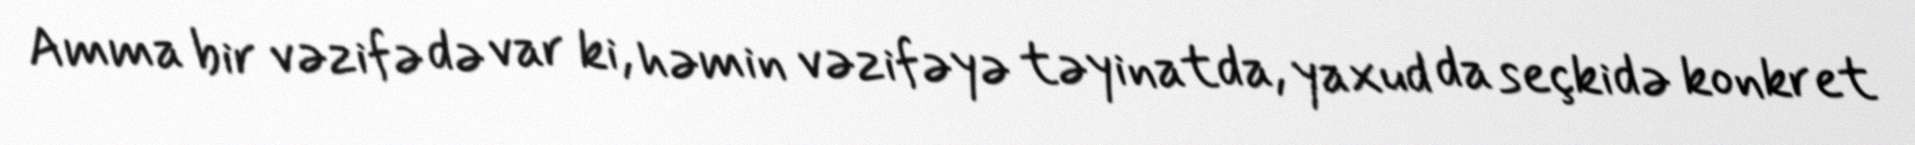
Amma bir vəzifə də var ki, həmin vəzifəyə təyinatda, yaxud da seçkidə konkret